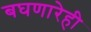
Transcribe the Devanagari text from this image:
बघणारेही